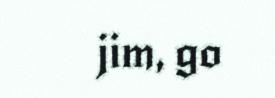
jim, go